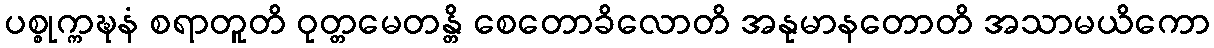
ပစ္စုက္ကဍ္ဎနံ စရာတူတိ ဝုတ္တမေတန္တိ စေတောခိလောတိ အနုမာနတောတိ အသာမယိကော